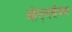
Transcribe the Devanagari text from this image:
ओएलईच्या